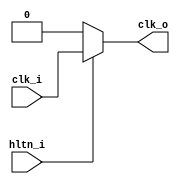
// Took that from the other tuto on this other website (https://austinmorlan.com/posts/fpga_computer_sap1/). Not particulrlaly useful in that case but you never know
module clock(
	input hltn_i,
	input clk_i,
	output clk_o);

assign clk_o = (!hltn_i) ? 1'b0 : clk_i;

endmodule